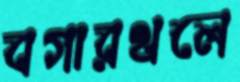
বগারথলে